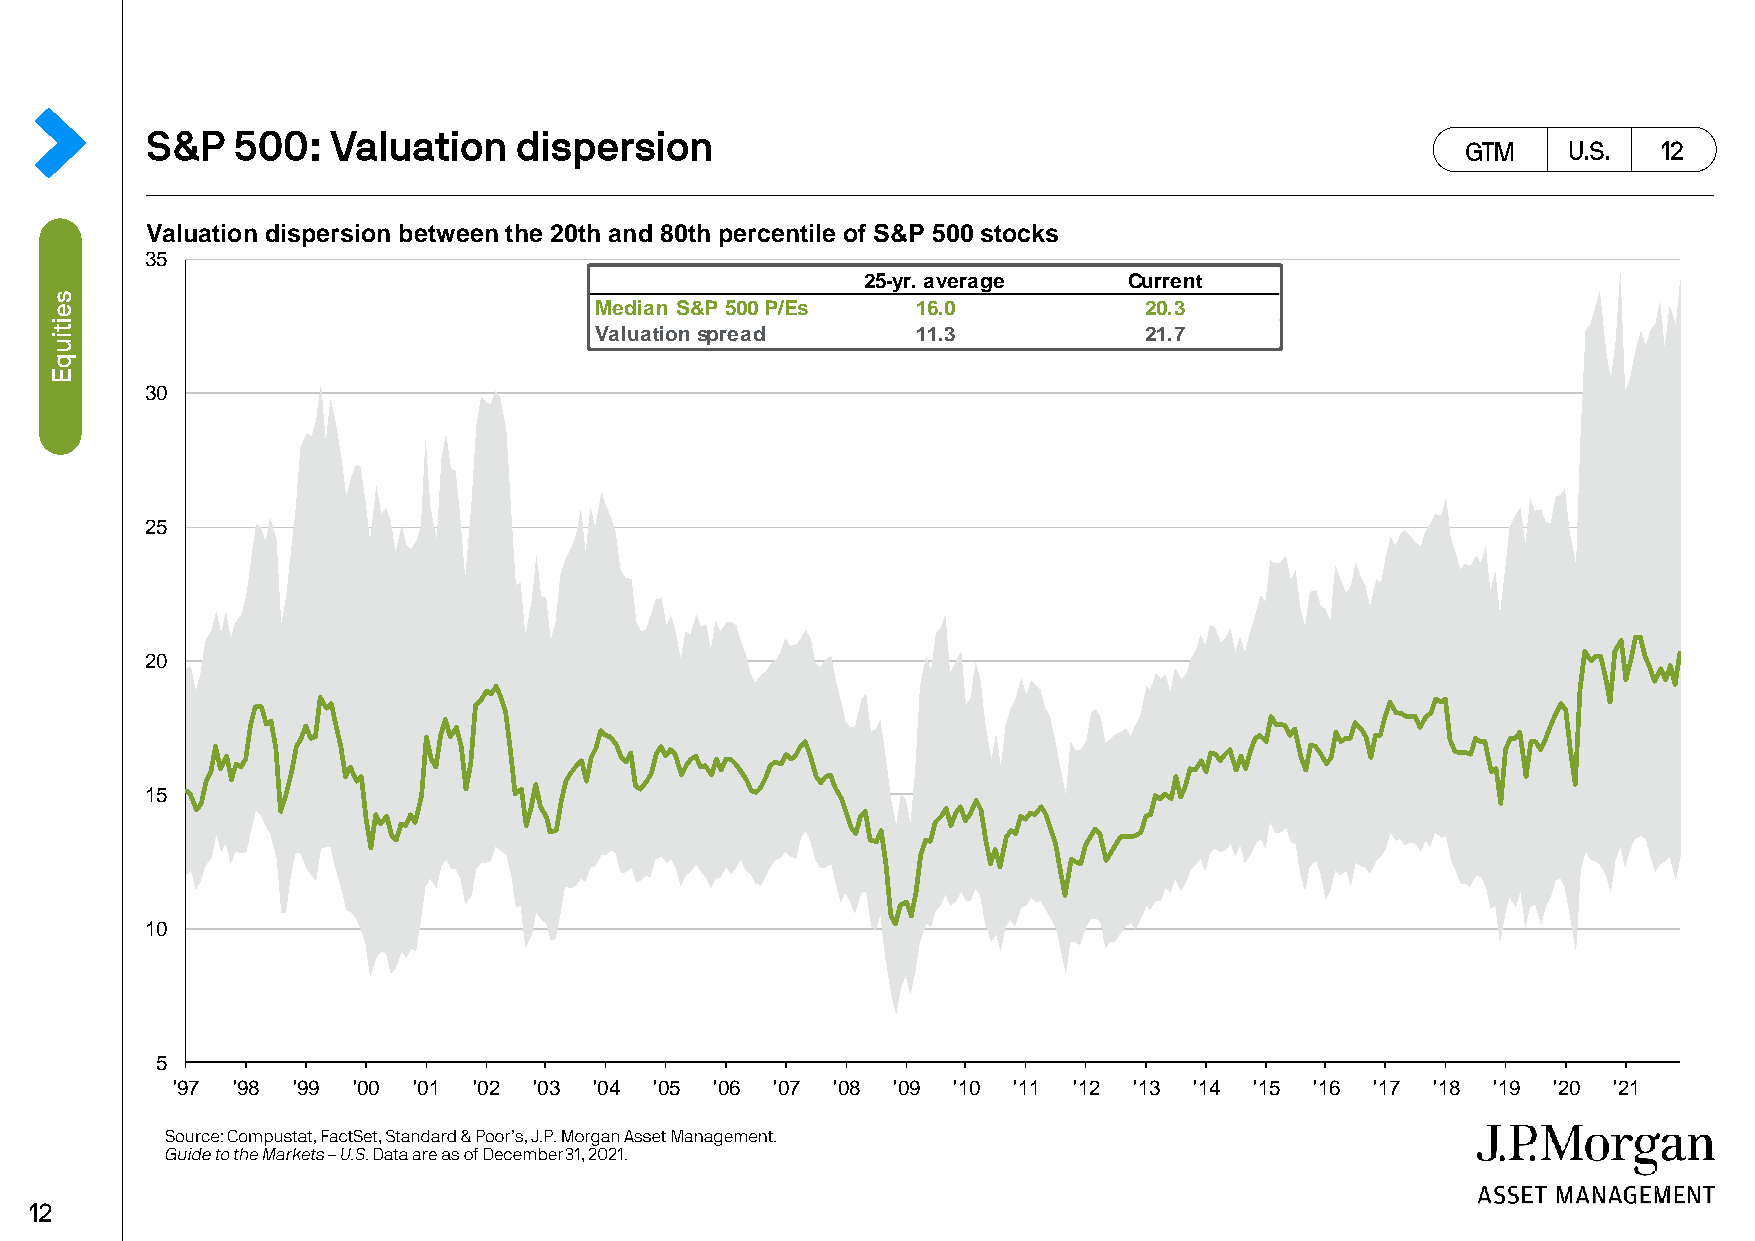
Valuation dispersion between the 20th and 80th percentile of S&P 500 stocks
 35
 25-yr. average    Current
 Median S&P 500 P/Es   16.0           20.3
 Valuation spread      11.3           21.7
 30
 25
 20
 15
 10
 5
 '97 '98 '99 '00 '01 '02 '03 '04 '05 '06 '07 '08 '09 '10 '11 '12 '13 '14 '15 '16 '17 '18 '19 '20 '21